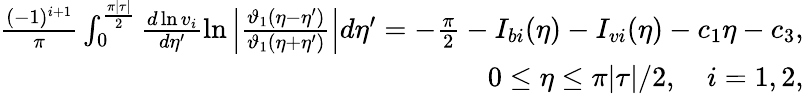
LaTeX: \begin{array}{r}{\frac{(-1)^{i+1}}{\pi}\int_{0}^{\frac{\pi|\tau|}{2}}\frac{d\ln v_{i}}{d\eta^{\prime}}\ln\left|\frac{\vartheta_{1}(\eta-\eta^{\prime})}{\vartheta_{1}(\eta+\eta^{\prime})}\right|d\eta^{\prime}=-\frac{\pi}{2}-I_{bi}(\eta)-I_{vi}(\eta)-c_{1}\eta-c_{3},}\\ {0\le\eta\le\pi|\tau|/2,\quad i=1,2,}\end{array}